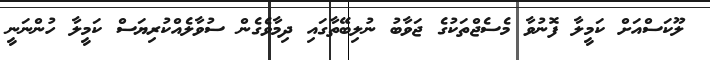
ލޫކަސްއަށް ކަމީލާ ފޮނުވާ މެސެޖްތަކުގެ ޖަވާބު ނުލިބޭތާގައި ދިމާވެގެން ސުވާލެއްކުރިޔަސް ކަމީލާ ހުންނަނީ